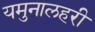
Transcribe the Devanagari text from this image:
यमुनालहरी